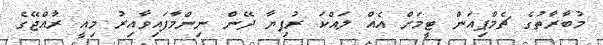
މުބާރާތުގެ ޗެމްޕިއަން ޓީމަށް އެއް ލައްކަ ރުފިޔާ ދޭން ނިންމާފައިވާއިރު މިއީ ރާއްޖޭގެ